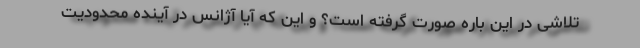
تلاشی در این باره صورت گرفته است؟ و این که آیا آژانس در آینده محدودیت